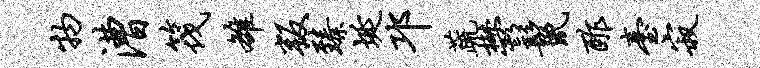
物漕筏雒叛臻埏邛蔬郁鬣酢台寂